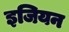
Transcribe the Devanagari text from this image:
इजियन